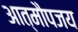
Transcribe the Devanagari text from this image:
आत्मौपजय